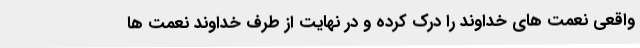
واقعی نعمت های خداوند را درک کرده و در نهایت از طرف خداوند نعمت ها